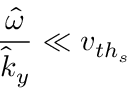
\frac { \hat { \omega } } { \hat { k } _ { y } } \ll v _ { { t h } _ { s } }